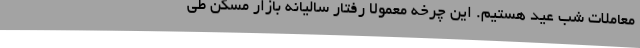
معاملات شب عید هستیم. این چرخه معمولا رفتار سالیانه بازار مسکن طی